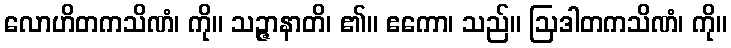
လောဟိတကသိဏံ၊ ကို။ သဉ္ဇာနာတိ၊ ၏။ ဧကော၊ သည်။ ဩဒါတကသိဏံ၊ ကို။